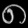
Digit: ၈